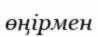
өңірмен